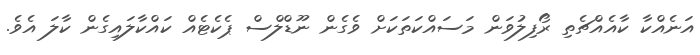
އަނެއްކާ ކާއެއްޗެތި ރޯފިލުވަން މަސައްކަތަކަށް ވެގެން ނޫޑްލްސް ޕެކެޓެއް ކައްކާލައިގެން ކާލަ އެވެ.